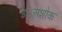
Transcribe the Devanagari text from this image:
डॉ॰अशोक